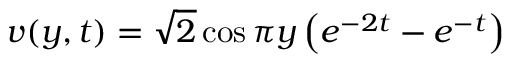
v ( y , t ) = \sqrt { 2 } \cos \pi y \left( e ^ { - 2 t } - e ^ { - t } \right)